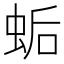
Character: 𧊛